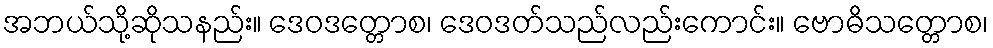
အဘယ်သို့ဆိုသနည်း။ ဒေဝဒတ္တောစ၊ ဒေဝဒတ်သည်လည်းကောင်း။ ဗောဓိသတ္တောစ၊